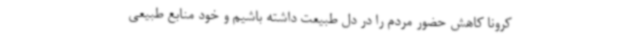
کرونا کاهش حضور مردم را در دل طبیعت داشته باشیم و خود منابع طبیعی